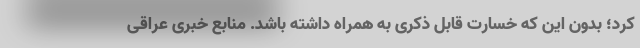
کرد؛ بدون این که خسارت قابل ذکری به همراه داشته باشد. منابع خبری عراقی